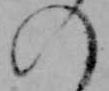
の